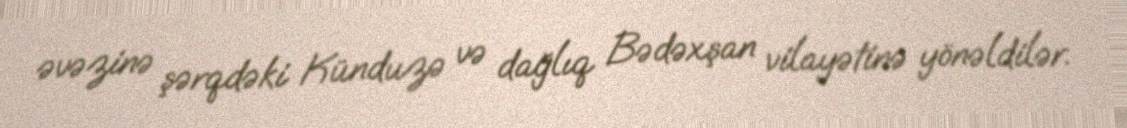
əvəzinə şərqdəki Künduzə və dağlıq Bədəxşan vilayətinə yönəldilər.